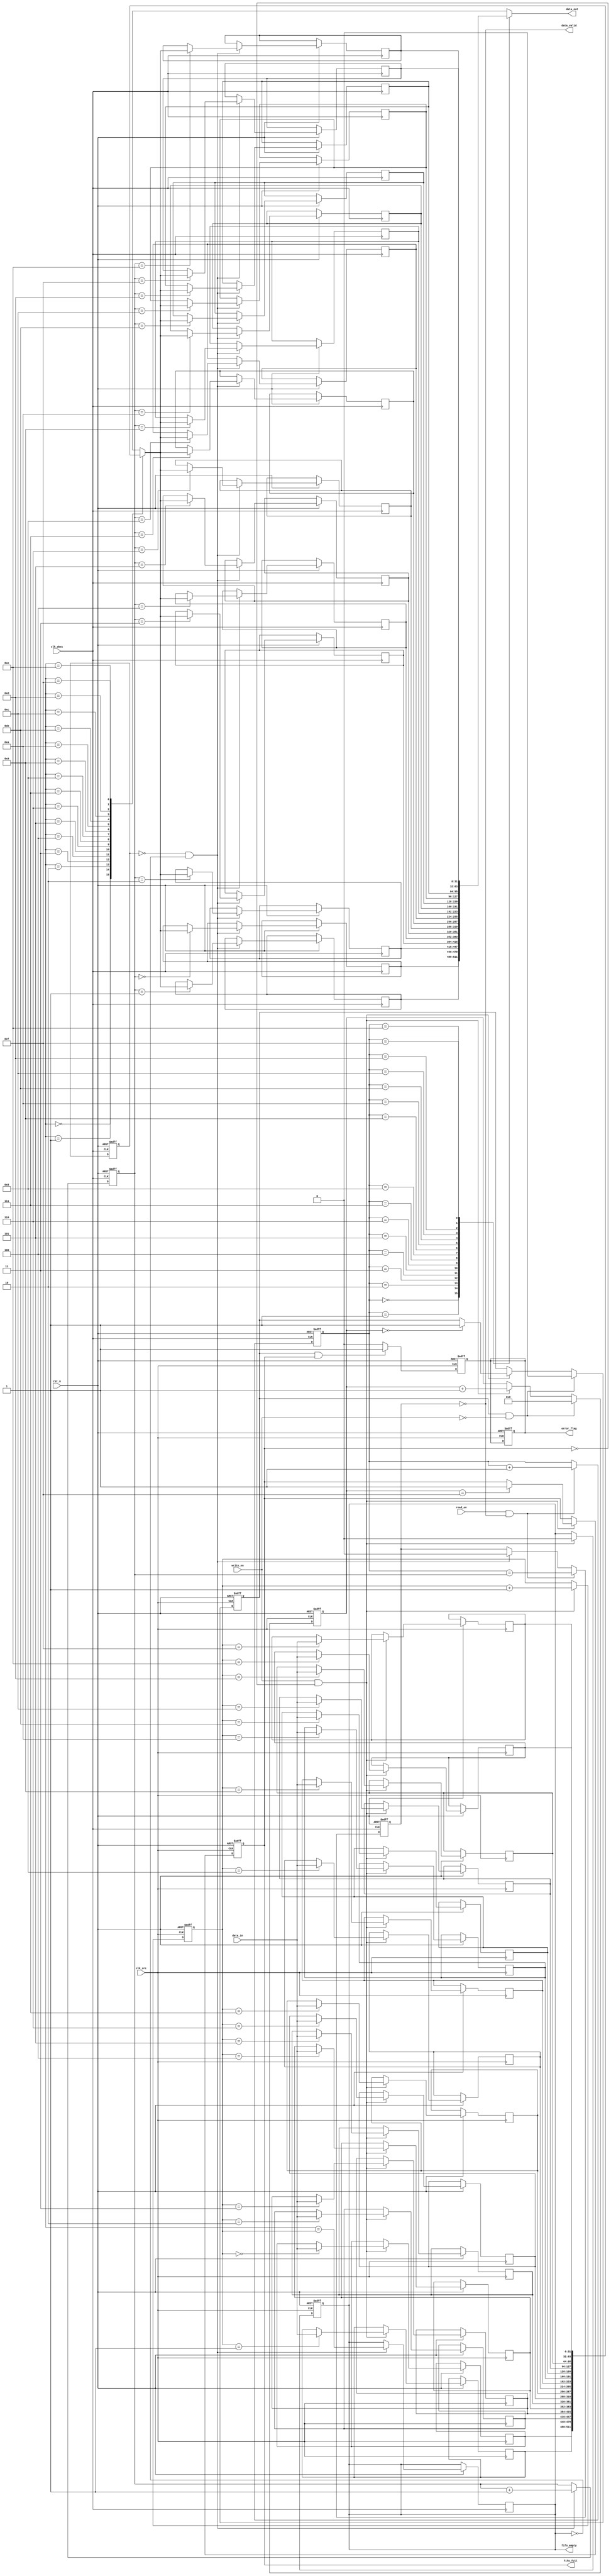
module MemoryBlocksBurstModeSynchronizer #(
    parameter DATA_WIDTH = 32,
    parameter FIFO_DEPTH = 16
)(
    input wire clk_src,          // Source clock
    input wire clk_dest,         // Destination clock
    input wire rst_n,            // Active low reset
    input wire [DATA_WIDTH-1:0] data_in, // Input data
    input wire write_en,         // Write enable for input FIFO
    output wire fifo_full,       // Input FIFO full flag
    output wire fifo_empty,      // Input FIFO empty flag
    output wire [DATA_WIDTH-1:0] data_out, // Output data
    input wire read_en,          // Read enable for output FIFO
    output wire data_valid,      // Data valid signal
    output wire error_flag       // Error flag
);

// Input FIFO Buffer
reg [DATA_WIDTH-1:0] input_fifo [0:FIFO_DEPTH-1];
reg [3:0] write_ptr, read_ptr;
reg fifo_full_reg, fifo_empty_reg;
reg burst_detected;
reg [3:0] burst_counter;

// Output FIFO Buffer
reg [DATA_WIDTH-1:0] output_fifo [0:FIFO_DEPTH-1];
reg [3:0] output_write_ptr, output_read_ptr;
reg output_fifo_full, output_fifo_empty;

// Error Handling
reg error_detected;

// FIFO Write Logic
always @(posedge clk_src or negedge rst_n) begin
    if (!rst_n) begin
        write_ptr <= 0;
        fifo_full_reg <= 0;
        fifo_empty_reg <= 1;
        burst_counter <= 0;
        burst_detected <= 0;
        error_detected <= 0;
    end else begin
        if (write_en && !fifo_full_reg) begin
            input_fifo[write_ptr] <= data_in;
            write_ptr <= write_ptr + 1;
            fifo_empty_reg <= 0;
            burst_counter <= burst_counter + 1;
            if (burst_counter == 0) begin
                burst_detected <= 1; // Start of burst
            end
            if (burst_counter == FIFO_DEPTH - 1) begin
                fifo_full_reg <= 1; // End of burst
            end
        end
        if (burst_detected && !write_en) begin
            burst_detected <= 0; // End of burst
            burst_counter <= 0;
        end
    end
end

// FIFO Read Logic
always @(posedge clk_dest or negedge rst_n) begin
    if (!rst_n) begin
        output_write_ptr <= 0;
        output_read_ptr <= 0;
        output_fifo_full <= 0;
        output_fifo_empty <= 1;
    end else begin
        if (!output_fifo_full && !fifo_empty_reg) begin
            output_fifo[output_write_ptr] <= input_fifo[read_ptr];
            output_write_ptr <= output_write_ptr + 1;
            fifo_empty_reg <= (read_ptr == write_ptr);
            output_fifo_empty <= 0;
        end
        if (read_en && !output_fifo_empty) begin
            output_read_ptr <= output_read_ptr + 1;
            output_fifo_empty <= (output_read_ptr == output_write_ptr);
        end
    end
end

// Control Signals
assign fifo_full = fifo_full_reg;
assign fifo_empty = fifo_empty_reg;
assign data_out = output_fifo[output_read_ptr];
assign data_valid = !output_fifo_empty;

// Error Handling Logic
always @(posedge clk_src or negedge rst_n) begin
    if (!rst_n) begin
        error_detected <= 0;
    end else begin
        // Simple error detection logic
        if (burst_detected && fifo_full_reg) begin
            error_detected <= 1; // Error condition
        end else begin
            error_detected <= 0;
        end
    end
end

assign error_flag = error_detected;

endmodule